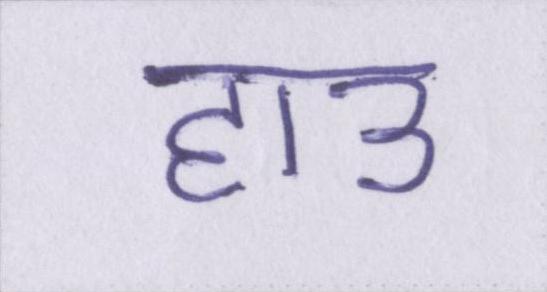
हाउ